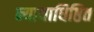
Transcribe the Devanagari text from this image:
न्यायाधिष्ठित